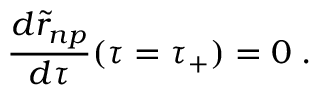
{ \frac { d { \widetilde r } _ { n p } } { d \tau } } ( \tau = \tau _ { + } ) = 0 \; .